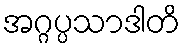
အဂ္ဂပ္ပသာဒါတိ